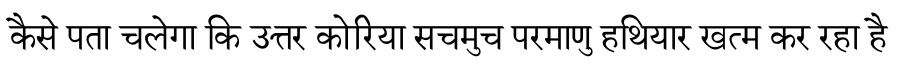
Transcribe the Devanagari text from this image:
कैसे पता चलेगा कि उत्तर कोरिया सचमुच परमाणु हथियार खत्म कर रहा है